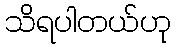
သိရပါတယ်ဟု